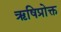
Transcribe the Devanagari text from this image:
ऋषिप्रोक्त